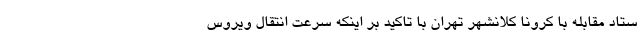
ستاد مقابله با کرونا کلانشهر تهران با تاکید بر اینکه سرعت انتقال ویروس